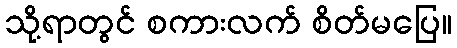
သို့ရာတွင် စကားလက် စိတ်မပြေ။